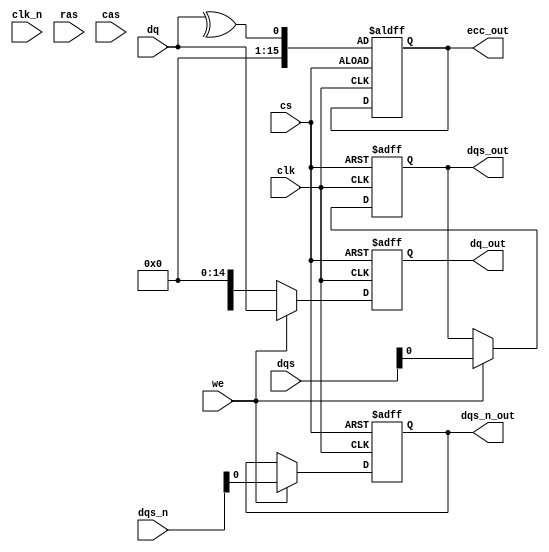
module gddr5x_io_block #(
    parameter DATA_WIDTH = 16, // Can be 16 or 32
    parameter DQS_WIDTH = DATA_WIDTH / 2
)(
    input wire clk,          // Clock signal
    input wire clk_n,        // Inverted clock signal
    input wire [DATA_WIDTH-1:0] dq, // Data lines
    input wire [DQS_WIDTH-1:0] dqs, // Data strobe signals
    input wire [DQS_WIDTH-1:0] dqs_n, // Inverted data strobe signals
    input wire cs,          // Chip select
    input wire we,          // Write enable
    input wire ras,         // Row address strobe
    input wire cas,         // Column address strobe
    output reg [DATA_WIDTH-1:0] dq_out, // Output data
    output reg dqs_out,     // Output data strobe
    output reg dqs_n_out,   // Output inverted data strobe
    output reg [DATA_WIDTH-1:0] ecc_out // ECC output
);

    // Internal signals
    reg [DATA_WIDTH-1:0] data_buffer;
    reg [DQS_WIDTH-1:0] dqs_sync;
    
    // Error correction code (ECC) generation (simple parity for example)
    always @(posedge clk or negedge cs) begin
        if (!cs) begin
            ecc_out <= ^dq; // Simple parity check for ECC
        end
    end

    // Write leveling logic would go here
    // This is a placeholder for write leveling functionality
    // A more complex implementation would be required based on timing analysis

    // Clock synchronization logic
    always @(posedge clk or negedge cs) begin
        if (!cs) begin
            // Reset logic here
            dq_out <= 0;
            dqs_out <= 0;
            dqs_n_out <= 0;
        end else begin
            // Data transfer logic
            if (we) begin
                dq_out <= dq; // Write data
                dqs_out <= dqs; // Write DQS
                dqs_n_out <= dqs_n; // Write DQS#
            end else begin
                // Read data logic
                dq_out <= data_buffer; // Output read data
            end
        end
    end

    // DQS synchronization logic
    always @(posedge clk) begin
        dqs_sync <= dqs; // Synchronize DQS
    end

    // Built-in self-test (BIST) logic would go here
    // This is a placeholder for BIST functionality

endmodule